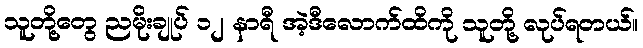
သူတို့တွေ ညမိုးချုပ် ၁၂ နာရီ အဲ့ဒီလောက်ထိကို သူတို့ လုပ်ရတယ်။